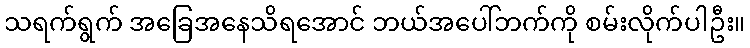
သရက်ရွက် အခြေအနေသိရအောင် ဘယ်အပေါ်ဘက်ကို စမ်းလိုက်ပါဦး။